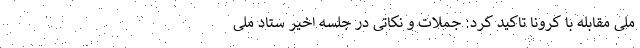
ملی مقابله با کرونا تاکید کرد: جملات و نکاتی در جلسه اخیر ستاد ملی